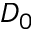
D _ { 0 }